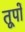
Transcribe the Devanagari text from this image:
तूपों